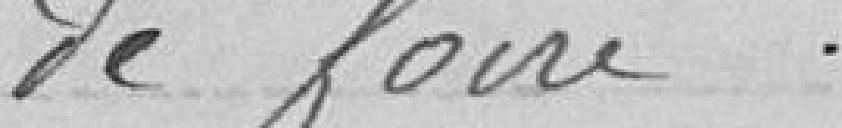
de foire.